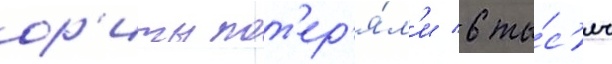
ор'иты пот'ер'я́л'и 6 ты́с'яч